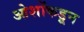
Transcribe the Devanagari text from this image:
ओशोंकडून